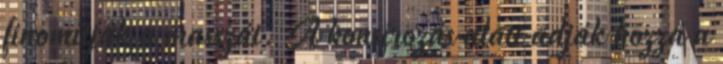
finomítják a masszát. A konsírozás alatt adják hozzá a